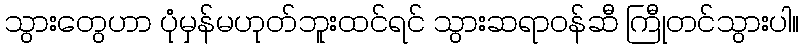
သွားတွေဟာ ပုံမှန်မဟုတ်ဘူးထင်ရင် သွားဆရာဝန်ဆီ ကြီုတင်သွားပါ။